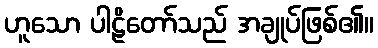
ဟူသော ပါဠိတော်သည် အချုပ်ဖြစ်၏။